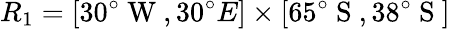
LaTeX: R_{1}=[30^{\circ}\mathrm{~W~},30^{\circ}{E}]\times[65^{\circ}\mathrm{~S~},38^{\circ}\mathrm{~S~}]